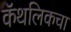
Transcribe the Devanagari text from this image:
कॅथलिकचा